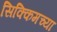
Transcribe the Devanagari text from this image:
सिक्किमच्या